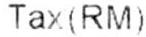
TAX(RM)